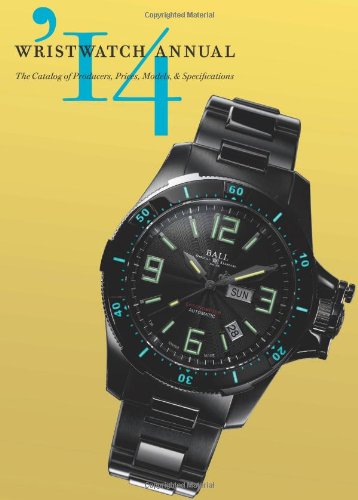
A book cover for Wristwatch Annual 2014: The Catalog of Producers, Prices, Models, and Specifications; Crafts, Hobbies & Home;